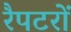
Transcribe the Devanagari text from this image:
रैपटरों